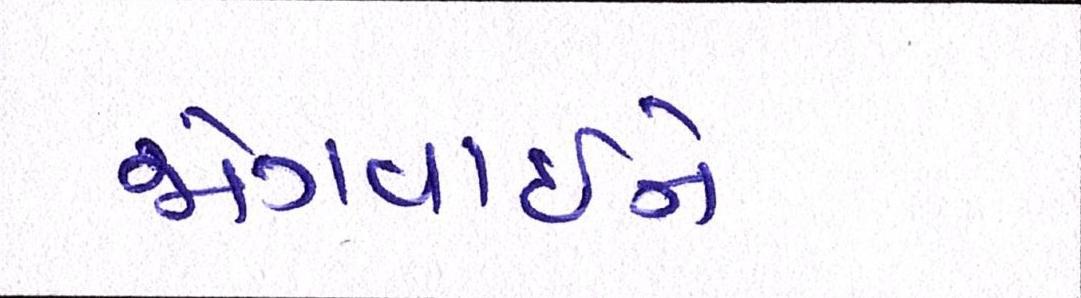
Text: જોગવાઈને